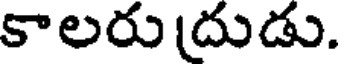
కాలరుదుడు.